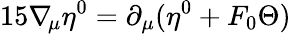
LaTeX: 15\nabla_{\! \mu}\eta^{0}=\partial_{\mu}(\eta^{0}+F_{0}\Theta)